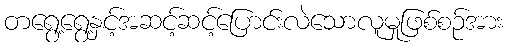
တရွေ့ရွေ့နှင့်အဆင့်ဆင့်ပြောင်းလဲသောလူမှုဖြစ်စဉ်အား